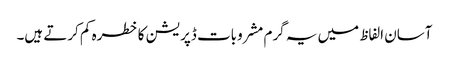
آسان الفاظ میں یہ گرم مشروبات ڈپریشن کا خطرہ کم کرتے ہیں۔